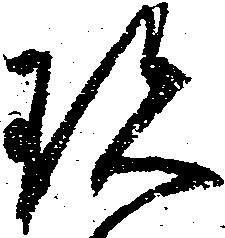
珍